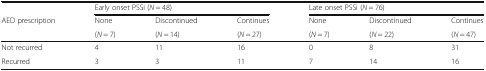
|  | <COLSPAN=3> Early onset PSSi (N = 48) | <COLSPAN=3> Late onset PSSi (N = 76) |
 | AED prescription | None | Discontinued | Continues | None | Discontinued | Continues |
 |  | (N = 7) | (N = 14) | (N = 27) | (N = 7) | (N = 22) | (N = 47) |
 | --- | --- | --- | --- | --- | --- | --- |
 | Not recurred | 4 | 11 | 16 | 0 | 8 | 31 |
 | Recurred | 3 | 3 | 11 | 7 | 14 | 16 |